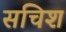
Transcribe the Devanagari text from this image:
सचिश